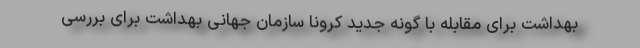
بهداشت برای مقابله با گونه جدید کرونا سازمان جهانی بهداشت برای بررسی